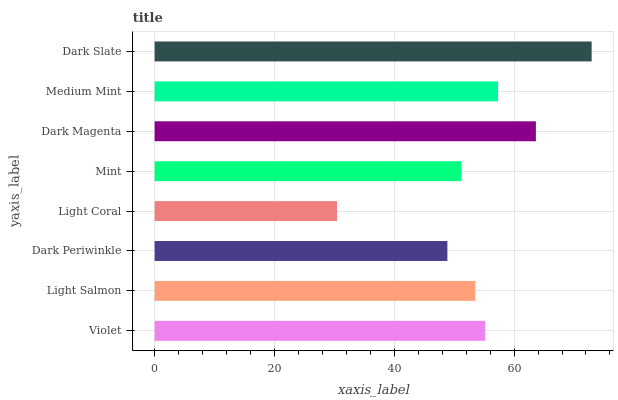
| yaxis_label | bars |
 | --- | --- |
 | Violet | 55.2 |
 | Light Salmon | 53.5 |
 | Dark Periwinkle | 48.9 |
 | Light Coral | 30.4 |
 | Mint | 51.2 |
 | Dark Magenta | 63.6 |
 | Medium Mint | 57.3 |
 | Dark Slate | 72.9 |